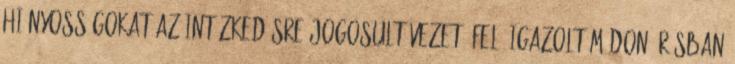
hiányosságokat az intézkedésre jogosult vezetõ felé igazolt módon írásban